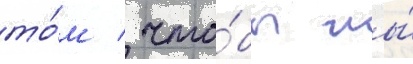
то́м / что́бы мы́